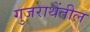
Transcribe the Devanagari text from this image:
गुजराथेंतील